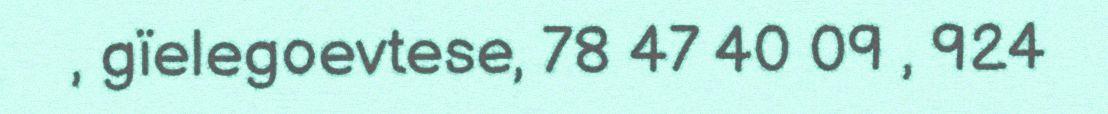
, gïelegoevtese, 78 47 40 09 , 924